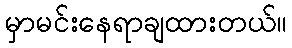
မှာမင်းနေရာချထားတယ်။